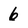
Character: 6